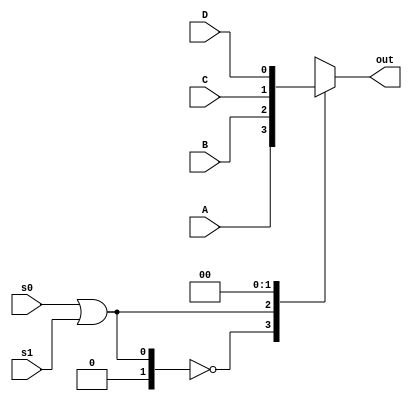
`timescale 1ns / 1ps
//////////////////////////////////////////////////////////////////////////////////
// Company: 
// Engineer: 
// 
// Design Name: 
// Module Name: mux41_behavioral
// Project Name: 
// Target Devices: 
// Tool Versions: 
// Description: 
// 
// Dependencies: 
// 
// Revision:
// Revision 0.01 - File Created
// Additional Comments:
// 
//////////////////////////////////////////////////////////////////////////////////


module mux41_behavioral(A, B, C, D, s0, s1, out);

input wire A, B, C, D;
input wire s0, s1;
output reg out;

always @ (A or B or C or D or s0, s1)
begin

case (s0 | s1)
2'B00 : out <= A;
2'B01 : out <= B;
2'B10 : out <= C;
2'B11 : out <= D;
endcase

end

endmodule